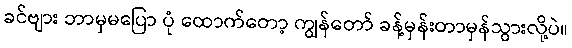
ခင်ဗျား ဘာမှမပြော ပုံ ထောက်တော့ ကျွန်တော် ခန့်မှန်းတာမှန်သွားလို့ပဲ။